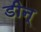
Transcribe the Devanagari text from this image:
डीन्